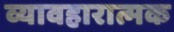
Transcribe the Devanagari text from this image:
व्यावहारात्मक